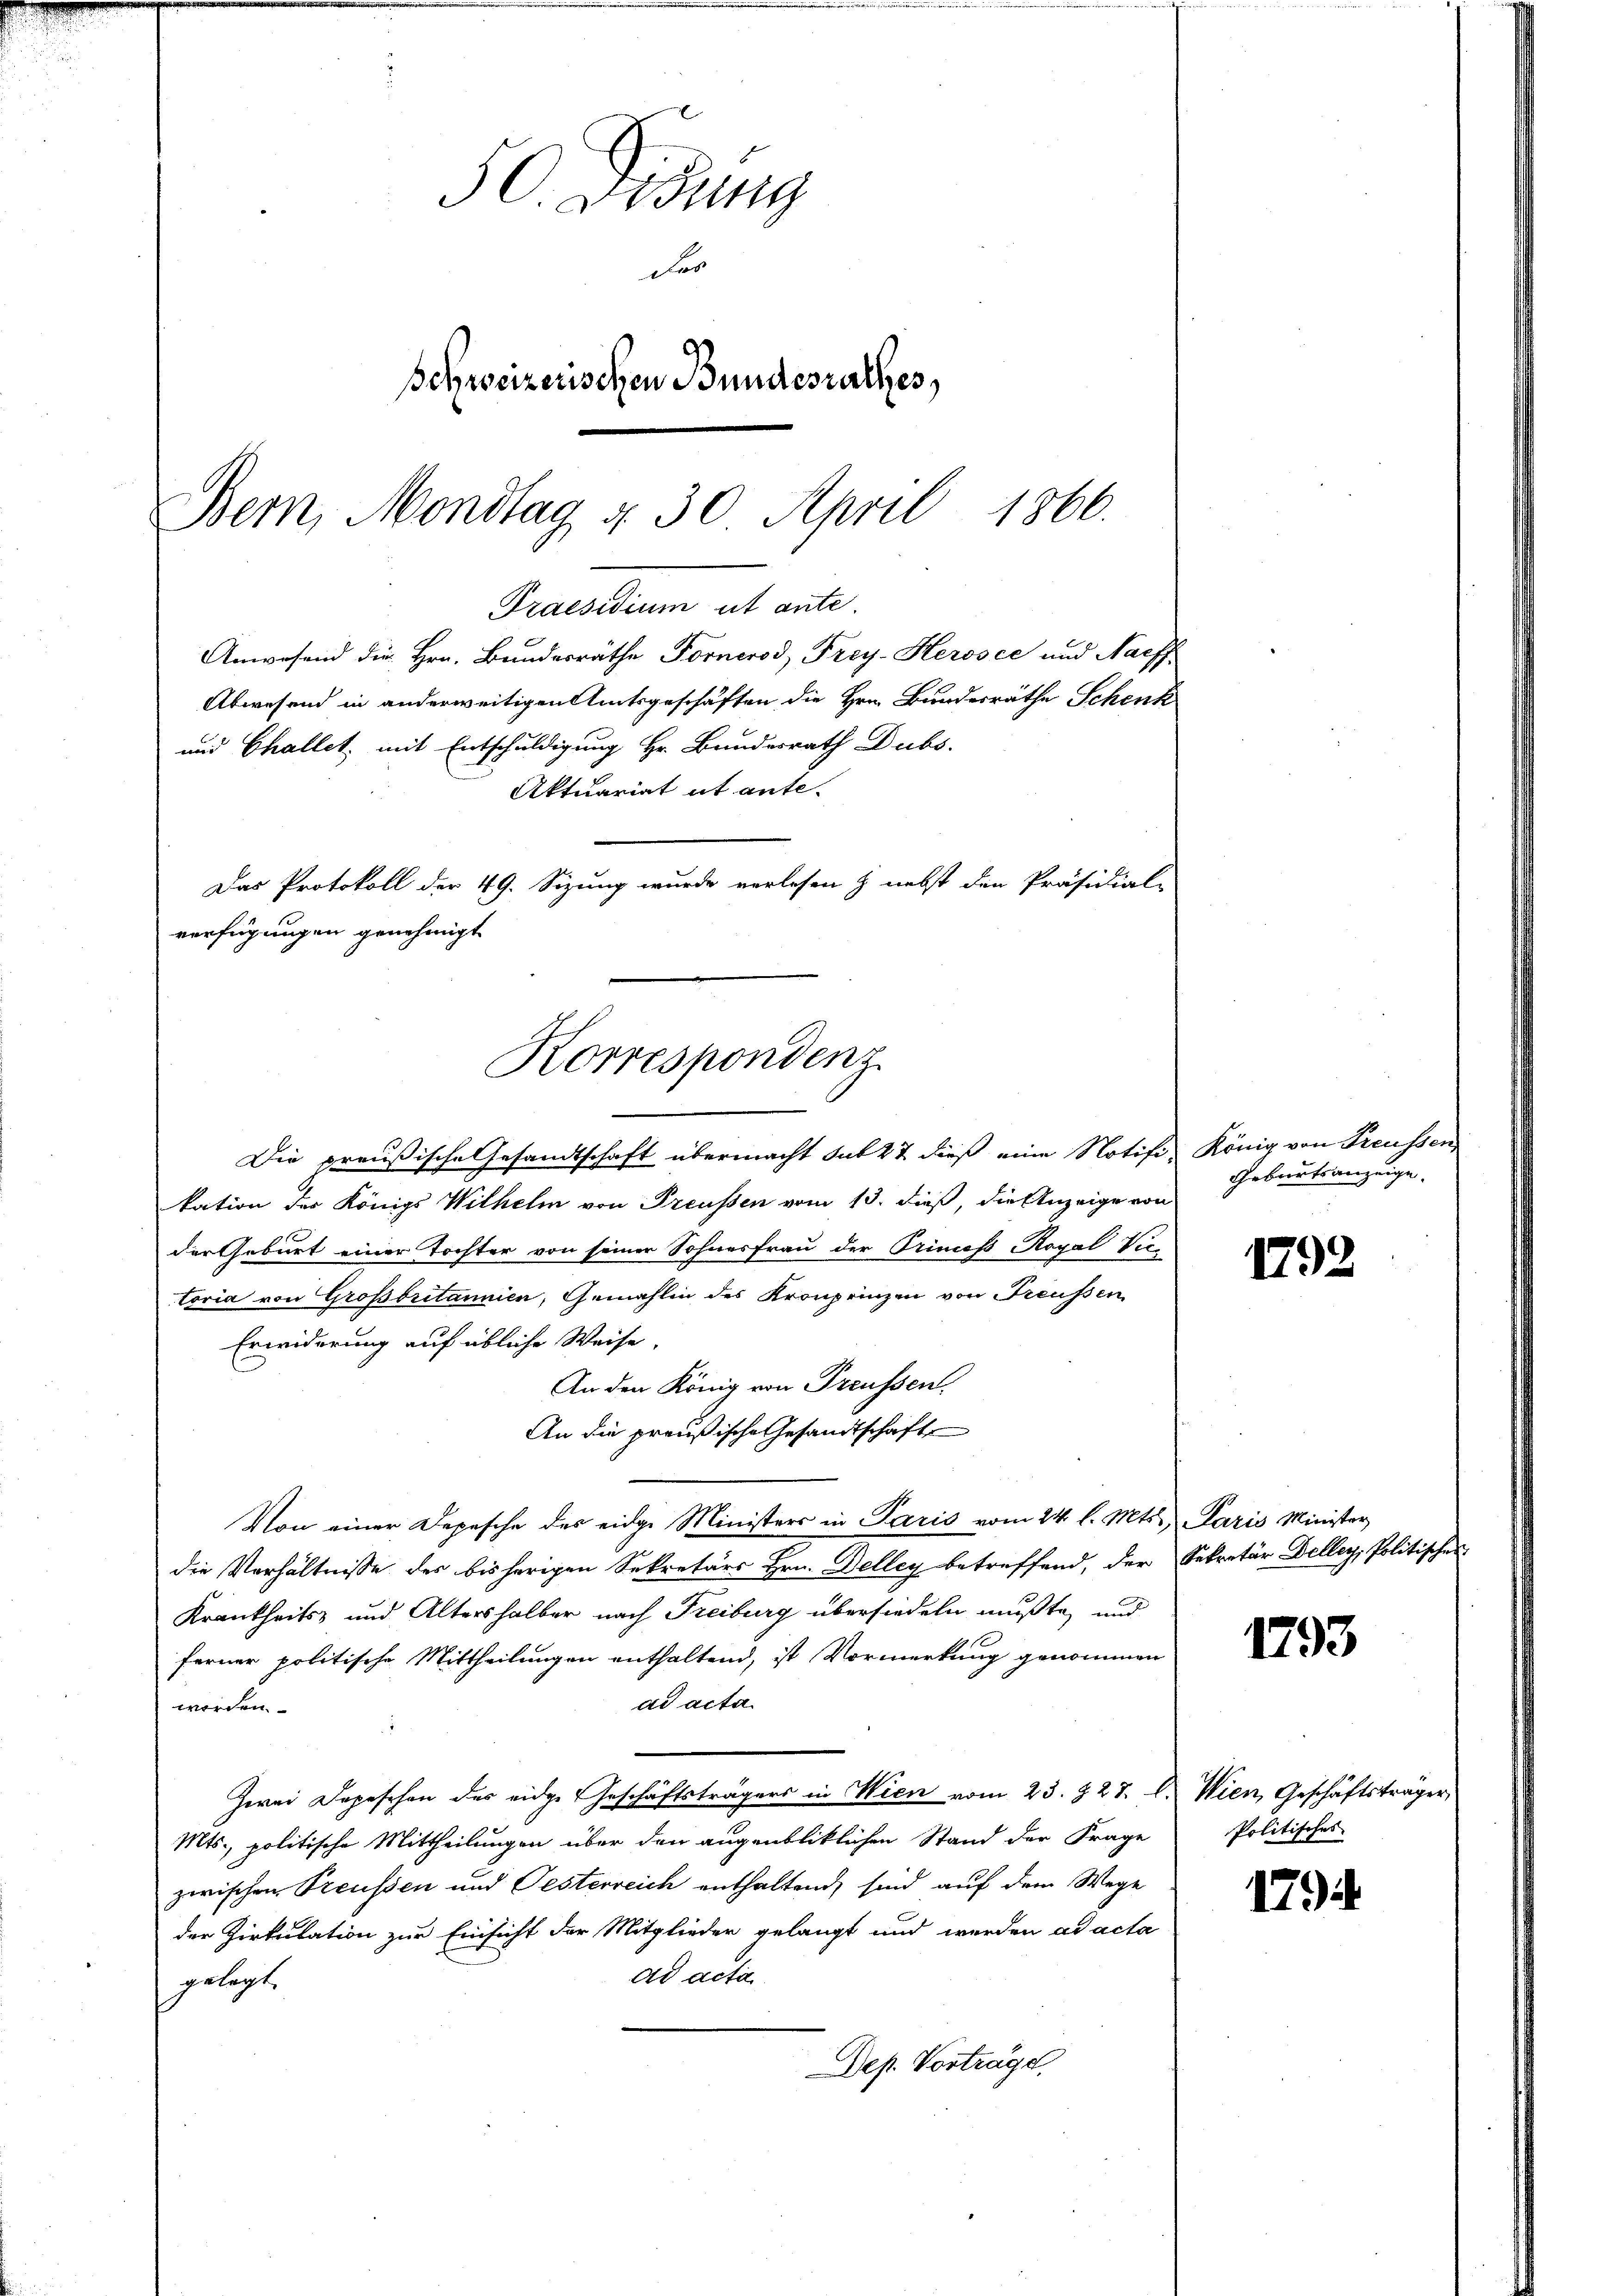
verfügungen genehmigt
Korrespondenz.

50. Disung
das
Schweizerischen Bundesrathes,
Bern, Mondtag d. 30 April 1866.

Praesidium ut ante.
Anwesend die Hrn. Bundesräthe Fornerod, Frey-Herosce und Naeff-
Abwesend in anderweitigen Amtsgeschäften die Hrn. Bundesräthe Schenk
und Challet, mit Entschuldigung Hr. Bundesrath Dubs
Aktuariat ut ante.
Das Protokoll der 49. Sizung wurde verlesen & nebst den Präsidial-

Die preußische Gesandtschaft übermacht sub 27 dieß eine Notifi-
kation der Königs Wilhelm von Preussen vom 13. dieß, die Anzeige von
der Geburt einer Tochter von seiner Sohnesfrau der Primoß Royal Vice
toria von Großbritannien, Gemahlin des Kronprinzen von Freussen
Erwiderung auf übliche Weise.
An den König von Preussen.
An die preußische Gesandtschaft
Von einer Depesche des eidge Ministers in Paris vom 24. l. Mts.,
die Verhältnisse des bisherigen Sekretärs Hrn. Delleg betreffend, der
Krankheits und Altershalber nach Freiburg übersiedeln mußte, und
ferner politische Mittheilungen enthaltend, ist Vormerkung genommen
ad acta.
worden.
Zwei Depeschen des eidge Geschäftsträgers in Wien vom 23. 827. l. Wien, Geschäftsträger,
Mts., politische Mittheilungen über den augenbliklichen Stand der Frage
zwischen Preussen und Oesterreich enthaltend, sind auf dem Wege
der Zirkulation zur Einsicht der Mitglieder gelangt und werden ad acta
ad acta
gelegt,
Dep. Vortrage,

König von Freussen
Geburtsanzeige.

1792

Paris Minister
Sekretär Deller, Politisches

1793

Politisches

179